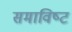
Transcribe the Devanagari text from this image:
समाविष्‍ट